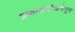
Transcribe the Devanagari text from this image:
प्रकाशयोजनेतून